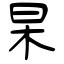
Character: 杲